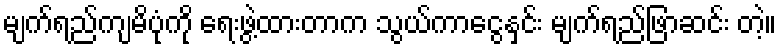
မျက်ရည်ကျမိပုံကို ရေးဖွဲ့ထားတာက သွယ်ကာငွေနှင်း မျက်ရည်ဖြာဆင်း တဲ့။